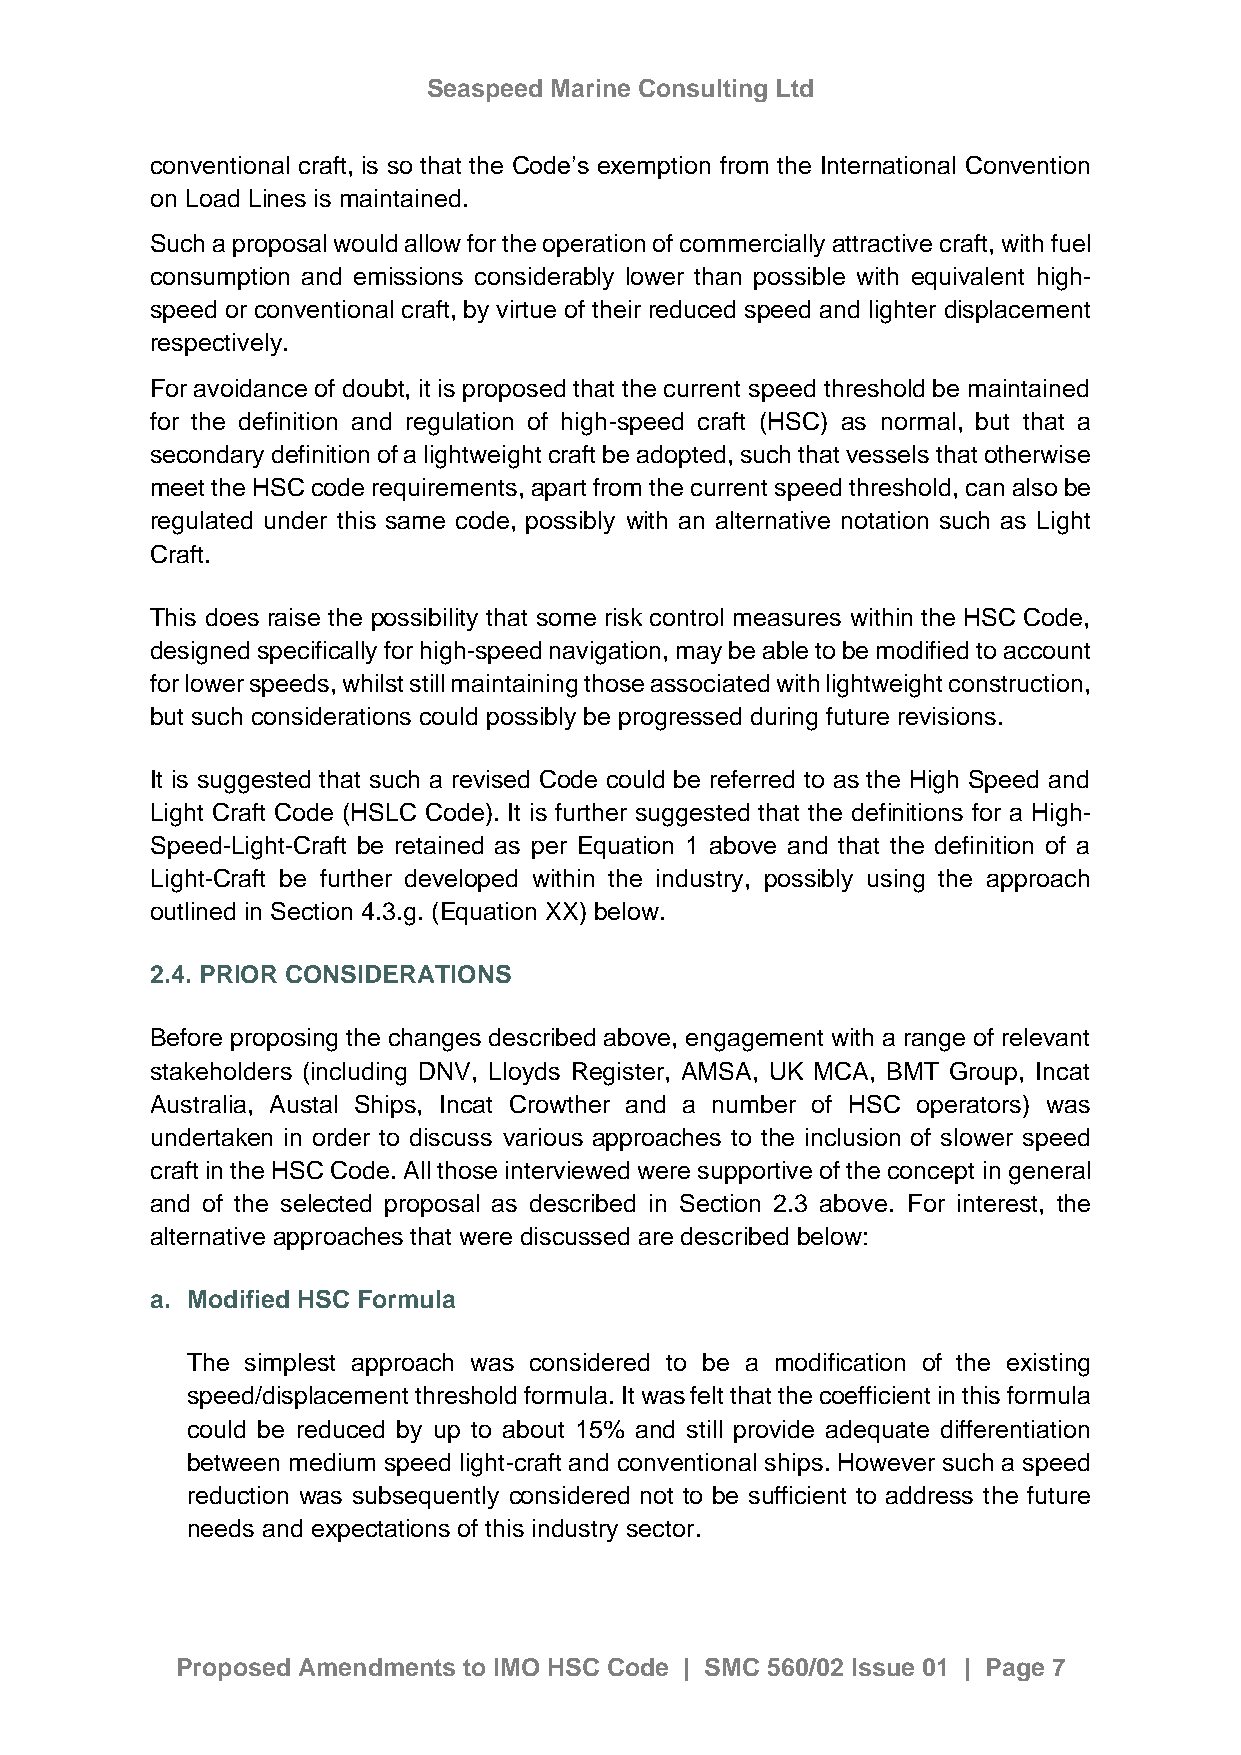
Seaspeed Marine Consulting Ltd
 conventional craft, is so that the Code’s exemption from the International Convention
 on Load Lines is maintained.
 Such a proposal would allow for the operation of commercially attractive craft, with fuel
 consumption and emissions considerably lower than possible with equivalent high-
 speed or conventional craft, by virtue of their reduced speed and lighter displacement
 respectively.
 For avoidance of doubt, it is proposed that the current speed threshold be maintained
 for the definition and regulation of high-speed craft (HSC) as normal, but that a
 secondary definition of a lightweight craft be adopted, such that vessels that otherwise
 meet the HSC code requirements, apart from the current speed threshold, can also be
 regulated under this same code, possibly with an alternative notation such as Light
 Craft.
 This does raise the possibility that some risk control measures within the HSC Code,
 designed specifically for high-speed navigation, may be able to be modified to account
 for lower speeds, whilst still maintaining those associated with lightweight construction,
 but such considerations could possibly be progressed during future revisions.
 It is suggested that such a revised Code could be referred to as the High Speed and
 Light Craft Code (HSLC Code). It is further suggested that the definitions for a High-
 Speed-Light-Craft be retained as per Equation 1 above and that the definition of a
 Light-Craft be further developed within the industry, possibly using the approach
 outlined in Section 4.3.g. (Equation XX) below.
 2.4. PRIOR CONSIDERATIONS
 Before proposing the changes described above, engagement with a range of relevant
 stakeholders (including DNV, Lloyds Register, AMSA, UK MCA, BMT Group, Incat
 Australia, Austal Ships, Incat Crowther and a number of HSC operators) was
 undertaken in order to discuss various approaches to the inclusion of slower speed
 craft in the HSC Code. All those interviewed were supportive of the concept in general
 and of the selected proposal as described in Section 2.3 above. For interest, the
 alternative approaches that were discussed are described below:
 a. Modified HSC Formula
 The simplest approach was considered to be a modification of the existing
 speed/displacement threshold formula. It was felt that the coefficient in this formula
 could be reduced by up to about 15% and still provide adequate differentiation
 between medium speed light-craft and conventional ships. However such a speed
 reduction was subsequently considered not to be sufficient to address the future
 needs and expectations of this industry sector.
 Proposed Amendments to IMO HSC Code | SMC 560/02 Issue 01 | Page 7